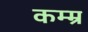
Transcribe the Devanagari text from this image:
कम्म्र